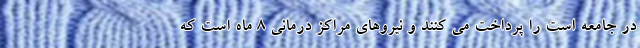
در جامعه است را پرداخت می کنند و نیروهای مراکز درمانی 8 ماه است که